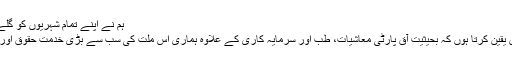
ہم نے اپنے تمام شہریوں کو گلے لگانے کی کوشش کی ہے
صدر ایردوان نے کہا، "میں یقین کرتا ہوں کہ بحیثیت آق پارٹی معاشیات، طب اور سرمایہ کاری کے علاوہ ہماری اس ملت کی سب سے بڑی خدمت حقوق اور آزادی کے میدان میں ہے”۔